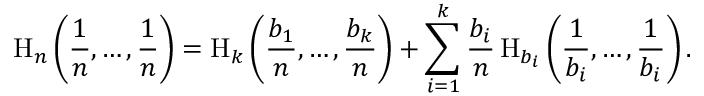
\mathrm { H } _ { n } \left( { \frac { 1 } { n } } , \ldots , { \frac { 1 } { n } } \right) = \mathrm { H } _ { k } \left( { \frac { b _ { 1 } } { n } } , \ldots , { \frac { b _ { k } } { n } } \right) + \sum _ { i = 1 } ^ { k } { \frac { b _ { i } } { n } } \, \mathrm { H } _ { b _ { i } } \left( { \frac { 1 } { b _ { i } } } , \ldots , { \frac { 1 } { b _ { i } } } \right) .